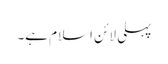
پہلی لائن اسلام ہے۔